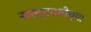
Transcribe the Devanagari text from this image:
सल्तनतीच्या